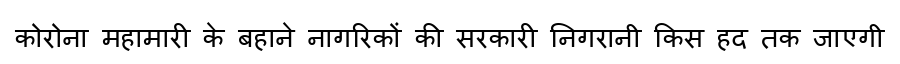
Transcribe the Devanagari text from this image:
कोरोना महामारी के बहाने नागरिकों की सरकारी निगरानी किस हद तक जाएगी